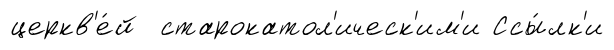
церкв'е́й старокатол'ическ'им'и Ссы́лк'и